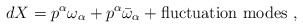
\begin{align*}dX = p^\alpha \omega_\alpha + p^{\alpha} \bar{\omega}_\alpha + {\rm fluctuation ~ modes} ~ , \end{align*}